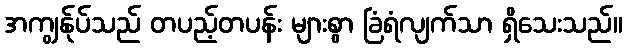
အကျွန်ုပ်သည် တပည့်တပန်း များစွာ ခြံရံလျက်သာ ရှိသေးသည်။